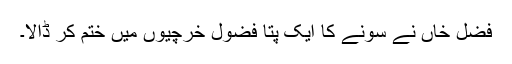
فضل خاں نے سونے کا ایک پتا فضول خرچیوں میں ختم کر ڈالا۔